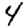
Digit: 4